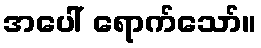
အပေါ် ရောက်သော်။